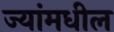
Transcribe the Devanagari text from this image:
ज्यांमधील